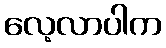
လေ့လာပါက